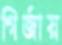
গির্জায়